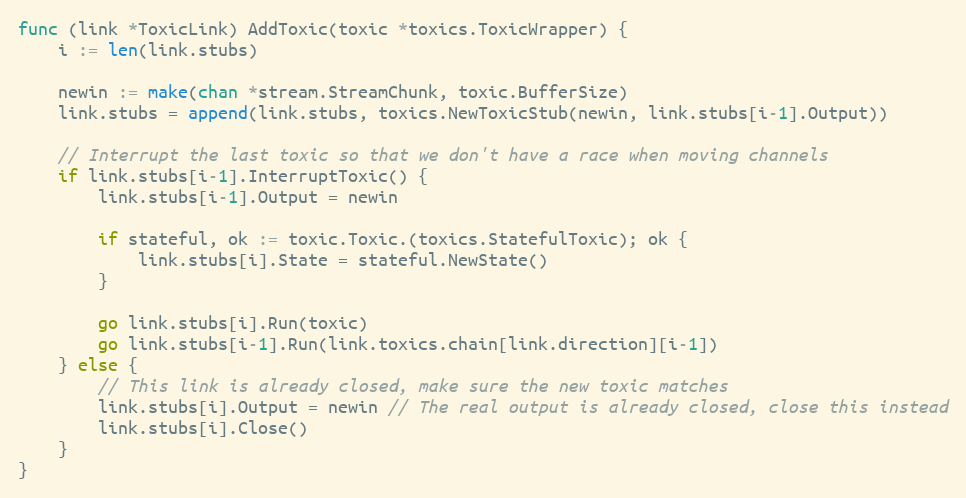
Language: Go
func (link *ToxicLink) AddToxic(toxic *toxics.ToxicWrapper) {
	i := len(link.stubs)

	newin := make(chan *stream.StreamChunk, toxic.BufferSize)
	link.stubs = append(link.stubs, toxics.NewToxicStub(newin, link.stubs[i-1].Output))

	// Interrupt the last toxic so that we don't have a race when moving channels
	if link.stubs[i-1].InterruptToxic() {
		link.stubs[i-1].Output = newin

		if stateful, ok := toxic.Toxic.(toxics.StatefulToxic); ok {
			link.stubs[i].State = stateful.NewState()
		}

		go link.stubs[i].Run(toxic)
		go link.stubs[i-1].Run(link.toxics.chain[link.direction][i-1])
	} else {
		// This link is already closed, make sure the new toxic matches
		link.stubs[i].Output = newin // The real output is already closed, close this instead
		link.stubs[i].Close()
	}
}